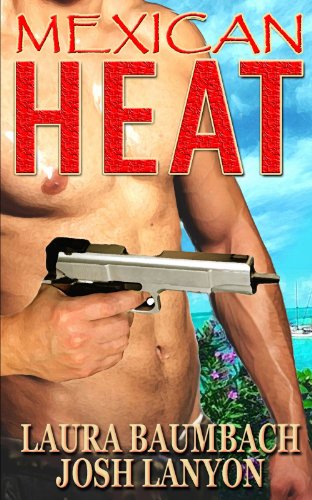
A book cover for Mexican Heat (Crimes&Cocktails Series); Laura Baumbach; Romance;